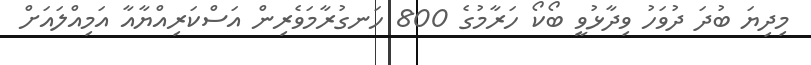
މިދިޔަ ބުދަ ދުވަހު ވިދާޅުވީ ބޯކޯ ހަރާމުގެ 800 ހަނގުރާމަވެރިން އަސްކަރިއްޔާއާ އަމިއްލައަށް